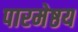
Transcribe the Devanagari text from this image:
पारमेष्ठय